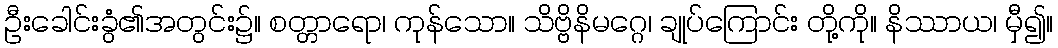
ဦးခေါင်းခွံ၏အတွင်း၌။ စတ္တာရော၊ ကုန်သော။ သိဗ္ဗိနိမဂ္ဂေ၊ ချုပ်ကြောင်း တို့ကို။ နိဿာယ၊ မှီ၍။